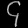
Digit: ၄